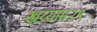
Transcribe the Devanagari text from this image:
खय्याम२९